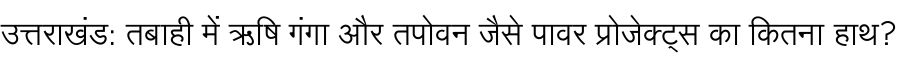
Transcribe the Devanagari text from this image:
उत्तराखंड: तबाही में ऋषि गंगा और तपोवन जैसे पावर प्रोजेक्ट्स का कितना हाथ?